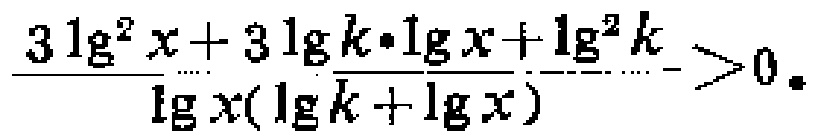
\(\frac{3\lg^{2}x + 3\lg k\cdot\lg x+\lg^{2}k}{\lg x(\lg k+\lg x)}>0\)